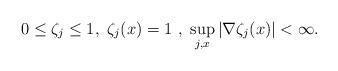
LaTeX: \begin{align*}0 \le \zeta_j \le 1, \ \zeta_j(x)=1 \ , \ \sup_{j,x}|\nabla \zeta_j(x)| < \infty.\end{align*}